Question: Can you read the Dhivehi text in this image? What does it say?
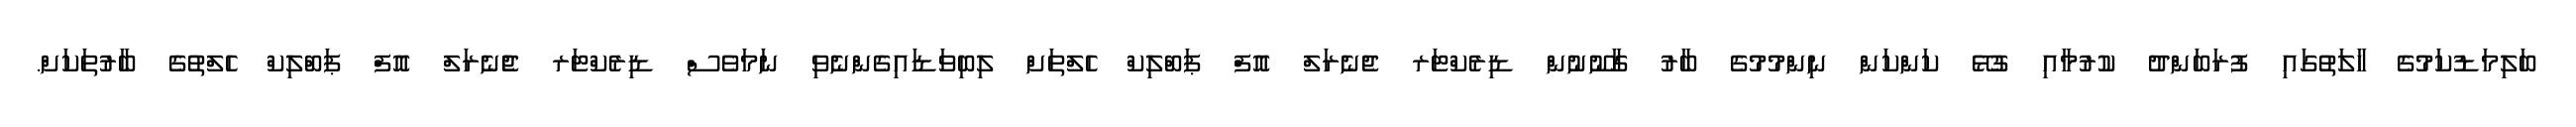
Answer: ބަލިމަޑުކަމުގެ ހާލަތުގައި ފުރަބަންދު ކުރުމާއި ގުޅޭ ކަންކަން ނިންމުމުގެ ބާރު ގާނޫނުން ޑިރެކްޓަރ ޖެނެރަލް އޮފް ޕަބްލިކް ހެލްތަށް ލިބިވަޑައިގެންނެވި ނަމަވެސް ޑިރެކްޓަރ ޖެެނެރަލް އޮފް ޕަބްލިކް ހެލްތުގެ ބާރުތަކަށް.